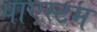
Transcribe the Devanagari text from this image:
पाएस्टम